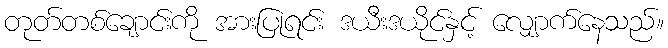
တုတ်တစ်ချောင်းကို အားပြုရင်း ဒယီးဒယိုင်နှင့် လျှောက်နေသည်။